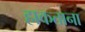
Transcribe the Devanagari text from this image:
हाकताना